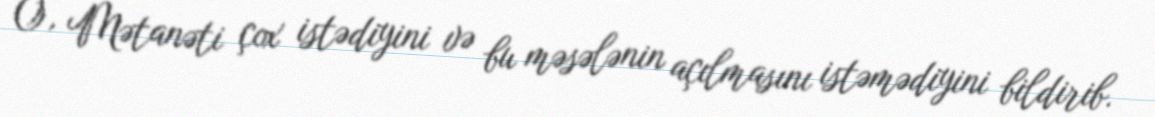
O, Mətanəti çox istədiyini və bu məsələnin açılmasını istəmədiyini bildirib.